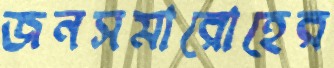
জনসমারোহের